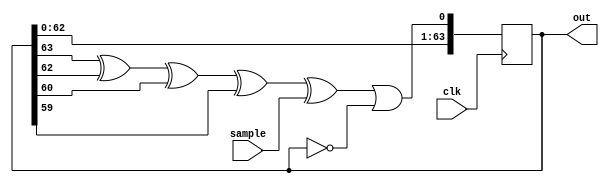
// Linear feedback shift register to generate pesudo-random numbers
module random_gen(clk, sample, out);

parameter BITS = 64;
input clk;
input sample;
output wire [BITS-1:0]out;

reg [63:0]data;
assign out = data[BITS-1:0];
wire zero = data == 64'b0;

initial begin
	data = 64'd1;
end

always @(posedge clk) begin
	data <= {data[62:0], (data[63]^data[62]^data[60]^data[59]^sample) || zero};
end

endmodule